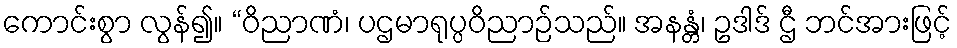
ကောင်းစွာ လွန်၍။ “ဝိညာဏံ၊ ပဌမာရုပ္ပဝိညာဉ်သည်။ အနန္တံ၊ ဥဒါဒ် ဌီ ဘင်အားဖြင့်